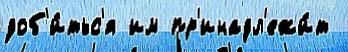
доб'и́тьс'я им пр'инадл'ежи́т